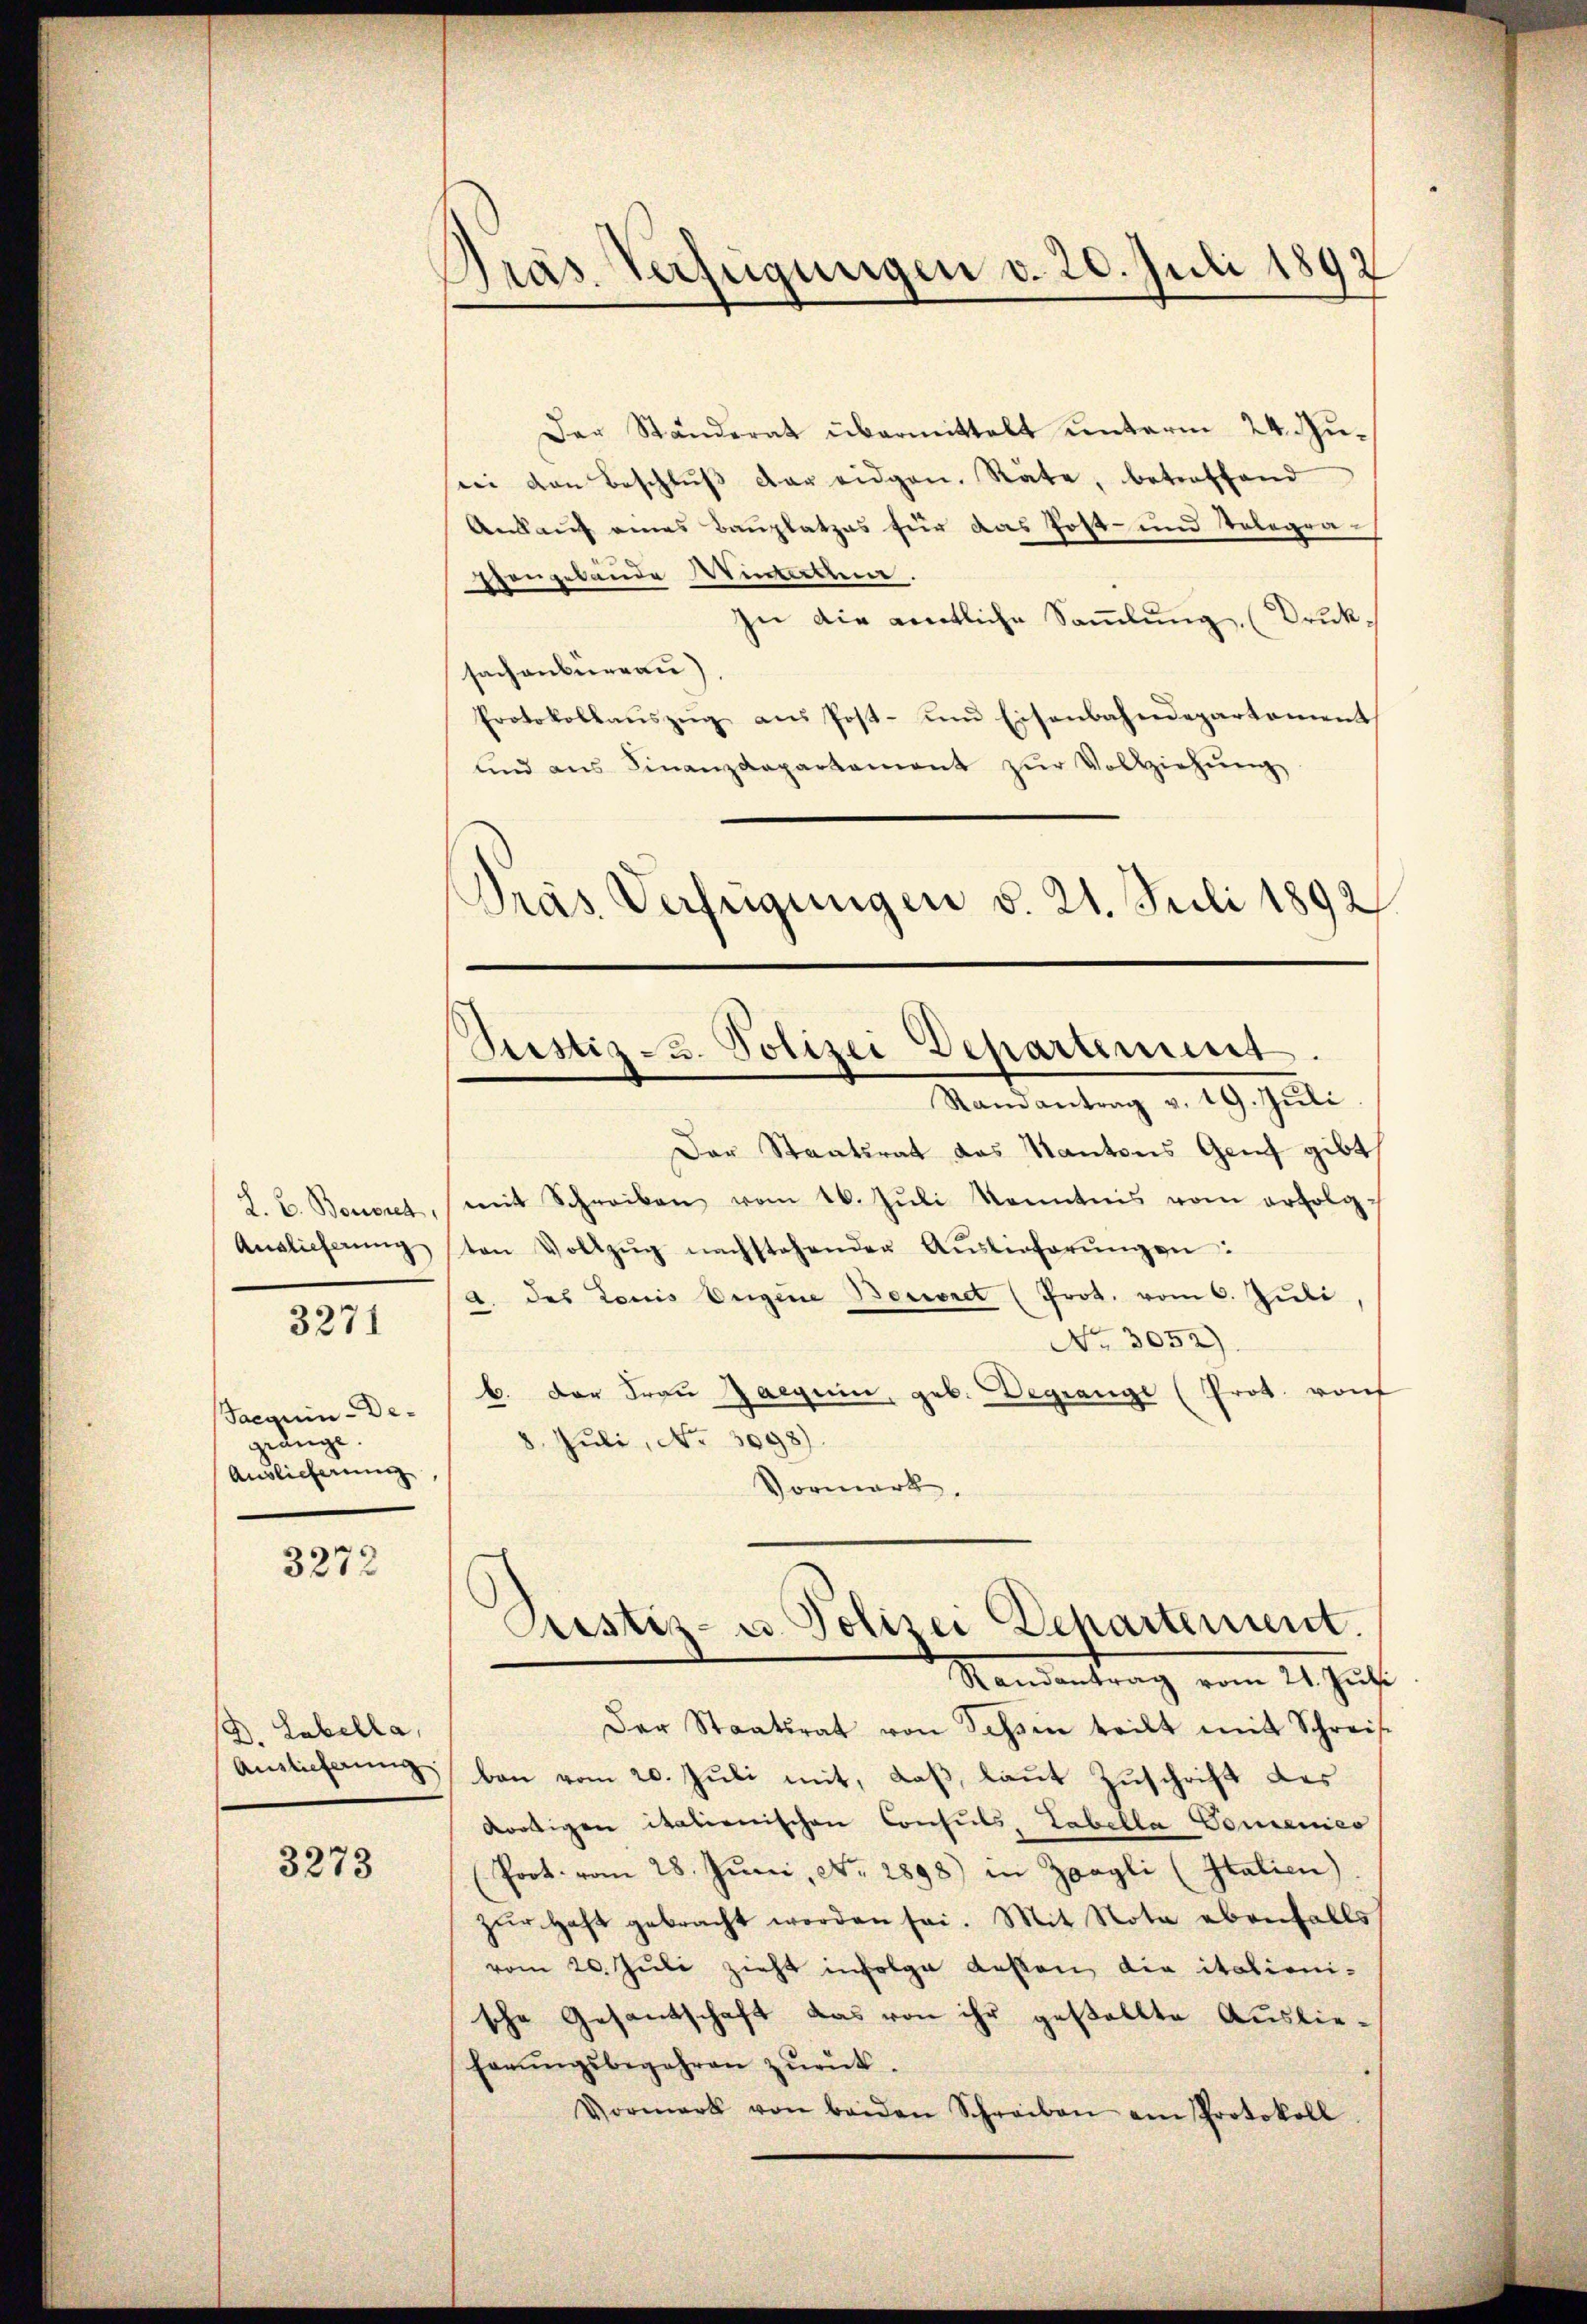
Auslieferung

3271

Jacquin-Degränge.
Auslieferung

3272

Der Ständerat übermittelt unterm 24. Jusei von Beschlŭβ der eidgen. Räte, betreffend
Ankauf eines Bauplatzes für das Post- und Telegratengelände Winterem.
zu die amtliche Sammlung, (Druksachenbureau)
Protokollaŭszŭg aŭs Post- und Eisenbahndepartement
lind ans Finanzdepartament zŭr Vollziehŭng
Dras Verfügungen d. 21. Juli 1892

D. Labella
Auslieferung

3273

Präs. Verfügungen d. 20. Juli 1892

Justiz-3. Polizei Departement

Randantrag v. 19. Jŭli
Der Staatsrat das Kantons Genf gibt
L. u. Bouvret, mit Schreiben vom 16. Jŭli Kenntnis vom erfolgten Vollzŭg nachstehender Aŭslieferŭngen:
A. des Louis Engene Bernet (Prot. vom 6. Juli
No. 3052)
b. der Frau Jaeguin, geb. Begrange (Prot. vonf
8. Juli, No. 3098)
Vormerk.
Randantrag vom 21. Jŭsi
Der Staatsrat von Tessin teilt mit Schreise
ban vom 20. Juli mit, daß, laut Zuschrift des
dortigen italienischen Consuls, Tabella Gomenies
(Port. vom 28. Juni, No. 2898) in Zoegli (Italien
zŭr Haft gebracht worden sei. Mit Nota ebenfalls
vom 20. Juli zieht infolge dessen die italionische Gesantschaft das von ihr gestellte Auslieferŭngsbegehren zŭrück.
Vormerk von beiden Schreiben am Protokoll

Prustiz- u. Polizei Departement.